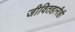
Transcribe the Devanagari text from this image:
जीवितहानीही